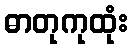
ဓာတုကုထုံး